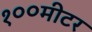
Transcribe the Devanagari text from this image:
१००मीटर